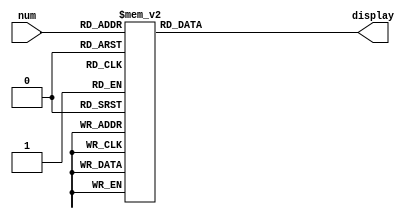
/* ***************************************************************\
| Name of program : Lab7
| Author : Charles Heckel
| Date Created : 5/31/2018
| Date last updated : 6/12/2018
| Function : interpretes input signal as a hexadecimal number to
|		display with an excess-4 bias
| Method : recieves 4bit input, then sends power to respective 
|		segments from a SSD
| Inputs : num     - 4bit binary signal
| Output : display - single seven-segment-display on DE2-115 board
| Additional Comments : (Extras)
\*****************************************************************/

module excess7seg(num, display);
  input [3:0] num;
  output reg [0:6] display;
  // Additional variables
  
  
  // Implementation
  // SSD uses negative logic (0 means power)
  always@(num)
  begin
    display = 7'b1111111;	// all lights off
    // in the case of each number, (-4) - B ...
    // ... light up each segment
    case(num)
      4'b0000: display = 7'b1001100;	// -4
      4'b0001: display = 7'b0000110;	// -3
      4'b0010: display = 7'b0010010;	// -2
      4'b0011: display = 7'b1001111;	// -1
      4'b0100: display = 7'b0000001;	// 0
      4'b0101: display = 7'b1001111;	// 1
      4'b0110: display = 7'b0010010;	// 2
      4'b0111: display = 7'b0000110;	// 3
      4'b1000: display = 7'b1001100;	// 4
      4'b1001: display = 7'b0100100;	// 5
      4'b1010: display = 7'b0100000;	// 6
      4'b1011: display = 7'b0001111;	// 7
      4'b1100: display = 7'b0000000;	// 8
      4'b1101: display = 7'b0001100;	// 9
      4'b1110: display = 7'b0001000;	// A
      4'b1111: display = 7'b1100000;	// B
      default: display = 7'bxxxxxxx;
    endcase
  end // always

endmodule